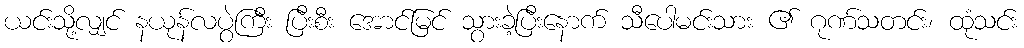
ယင်းသို့လျှင် နယုန်လပွဲကြီး ပြီးစီး အောင်မြင် သွားခဲ့ပြီးနောက် သီပေါမင်းသား ၏ ဂုဏ်သတင်း၊ ထုံသင်း